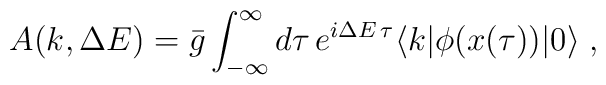
A(k,\Delta E)=\bar{g} \int_{-\infty}^{\infty} d\tau \, e^{i\Delta E\,\tau}\langle k|\phi(x(\tau))|0\rangle \; ,